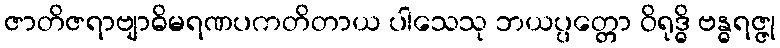
ဇာတိဇရာဗျာဓိမရဏပကတိတာယ ပါသေသု ဘယပ္ပတ္တော ဝိရုဒ္ဓိ ဗန္ဓရဇ္ဇု